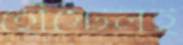
হোস্টেলই